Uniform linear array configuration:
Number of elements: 12
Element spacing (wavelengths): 0.25
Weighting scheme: blackman
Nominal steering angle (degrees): -60
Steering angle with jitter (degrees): -61.471
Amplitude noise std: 0.05
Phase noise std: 0.05

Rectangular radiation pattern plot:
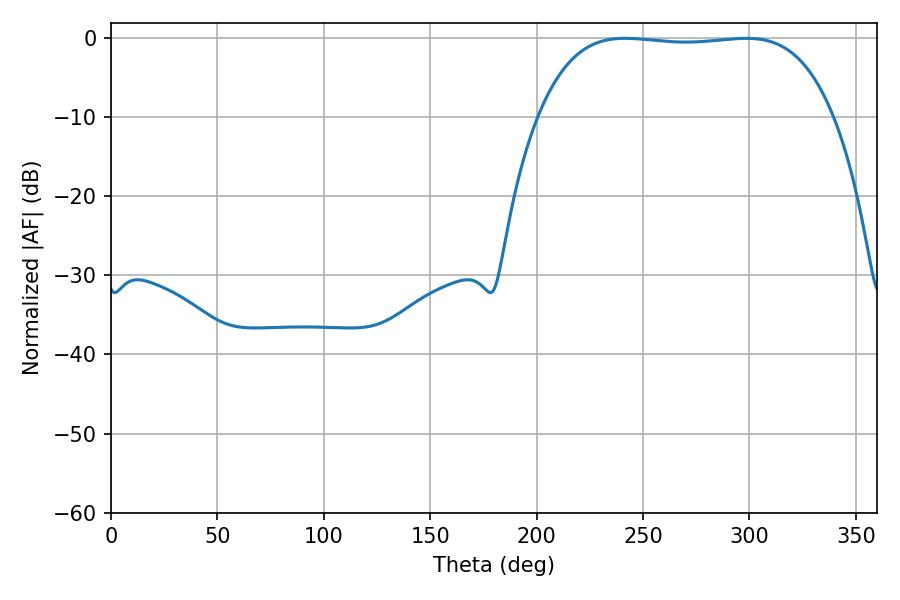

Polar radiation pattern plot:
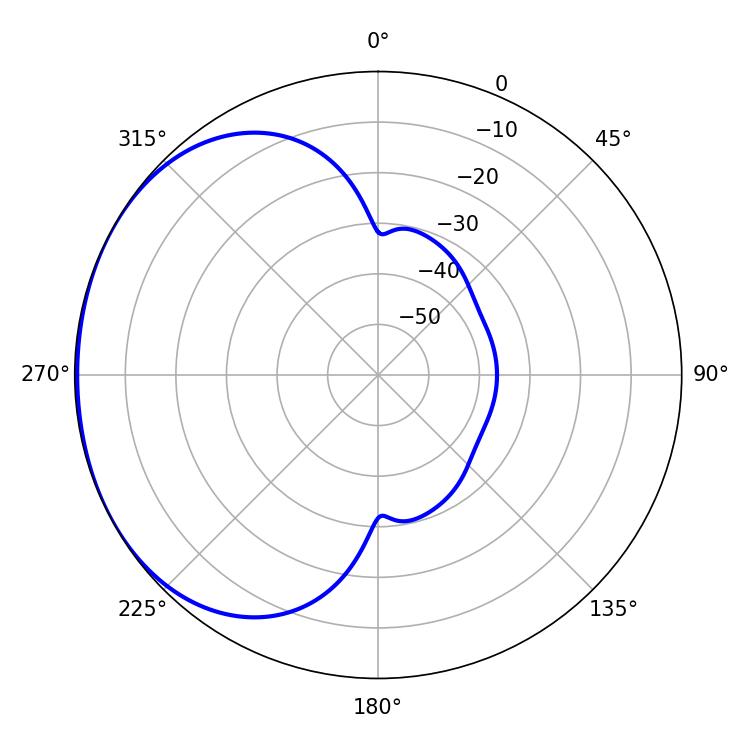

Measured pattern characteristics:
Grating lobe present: FALSE
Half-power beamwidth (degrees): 109.08
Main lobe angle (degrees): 241.56